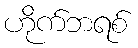
ဟိုက်ဘရစ်